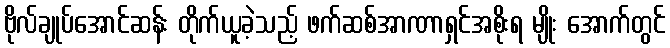
ဗိုလ်ချုပ်အောင်ဆန်း တိုက်ယူခဲ့သည့် ဖက်ဆစ်အာဏာရှင်အစိုးရ မျိုး အောက်တွင်